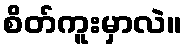
စိတ်ကူးမှာလဲ။